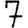
Digit: 7